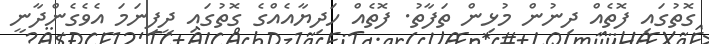
ގޮތުގައި ފޮތެއް ދިނުން މުޅިން ތަފާތު. ފޮތެއް ހަދިޔާއެއްގެ ގޮތުގައި ދީފިނަމަ އެވެގެންދާނީ